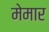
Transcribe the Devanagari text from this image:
मेमार